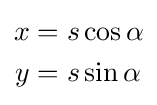
{\begin{aligned}x&=s\cos \alpha \\y&=s\sin \alpha \end{aligned}}